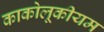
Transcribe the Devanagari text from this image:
काकोलूकीयम